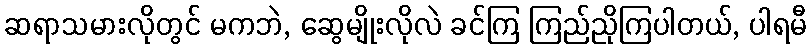
ဆရာသမားလိုတွင် မကဘဲ, ဆွေမျိုးလိုလဲ ခင်ကြ ကြည်ညိုကြပါတယ်, ပါရမီ